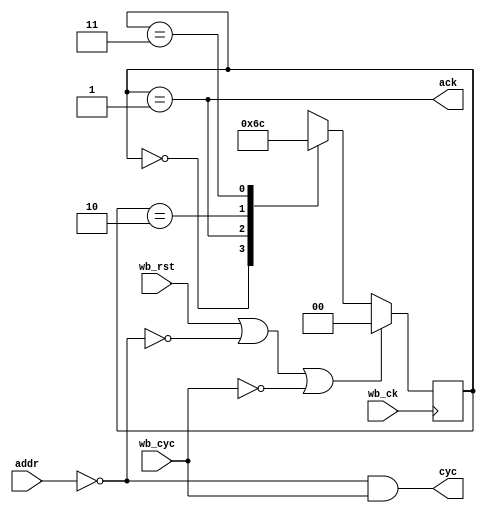

module chip_select
    #(parameter ADDR=0, WIDTH=8)
    (input wire wb_ck, 
    input wire [(WIDTH-1):0] addr, 
    input wire wb_cyc, 
    input wire wb_rst,
    output wire ack, 
    output wire cyc);

    wire match;
    assign match = addr == ADDR;
    assign cyc = match & wb_cyc;

    reg [1:0] state = 0;

    always @(posedge wb_ck) begin

        if (wb_rst || (!match) || !wb_cyc)
            state <= 0;
        else begin
            case (state)
                0 : state <= 1;
                1 : state <= 2;
                2 : state <= 3;
                3 : state <= 0;
            endcase
        end

    end

    assign ack = state == 1;

endmodule